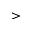
>